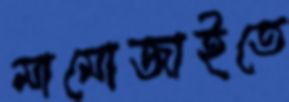
মামোজাইতে